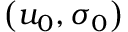
\left( u _ { 0 } , \sigma _ { 0 } \right)